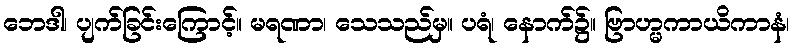
ဘေဒါ၊ ပျက်ခြင်းကြောင့်။ မရဏာ၊ သေသည်မှ။ ပရံ၊ နောက်၌။ ဗြာဟ္မကာယိကာနံ၊